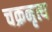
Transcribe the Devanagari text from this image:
चक्रनृत्य